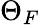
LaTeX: \Theta_{F}